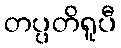
တပ္ပတိရူပီ